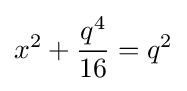
x^{2}+{\frac {q^{4}}{16}}=q^{2}